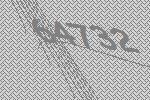
64732